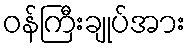
ဝန်ကြီးချုပ်အား